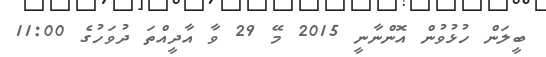
ބީލަން ހުޅުވުން އޮންނާނީ 2015 މޭ 29 ވާ އާދީއްތަ ދުވަހުގެ 11:00